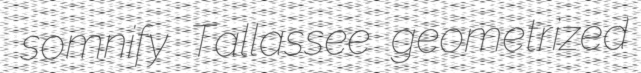
somnify Tallassee geometrized